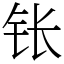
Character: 𬬮